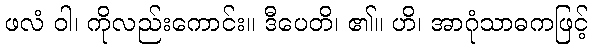
ဖလံ ဝါ၊ ကိုလည်းကောင်း။ ဒီပေတိ၊ ၏။ ဟိ၊ အာဂုံသာဓကဖြင့်